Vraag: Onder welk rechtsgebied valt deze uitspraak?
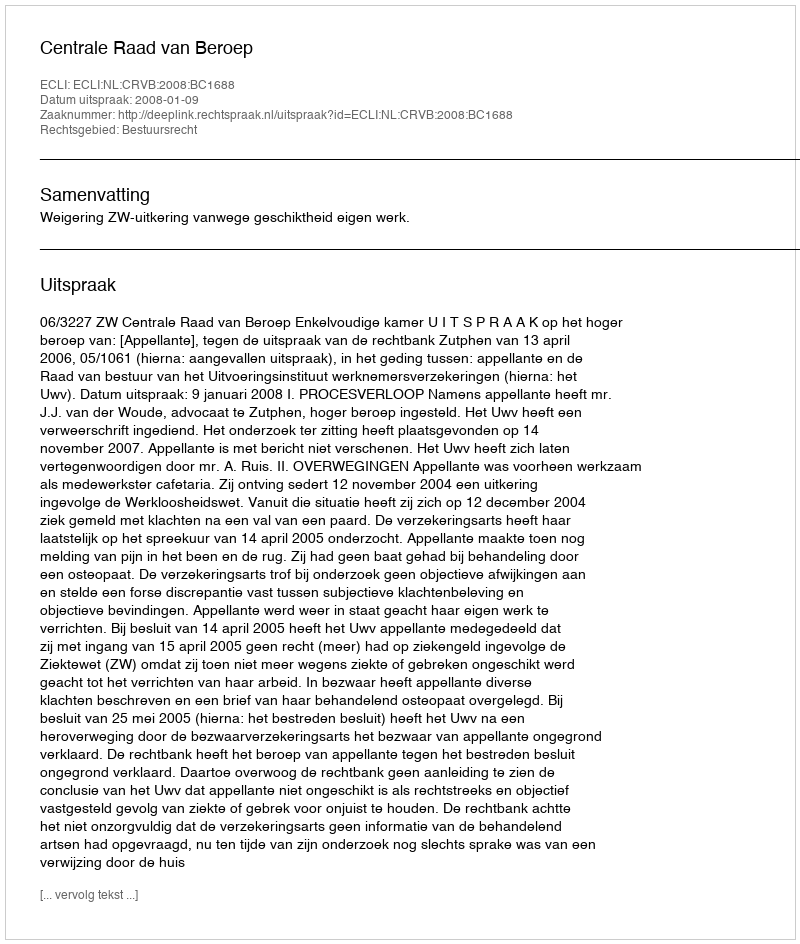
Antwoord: Bestuursrecht